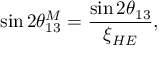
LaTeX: \sin 2 \theta _ { 1 3 } ^ { M } = \frac { \sin 2 \theta _ { 1 3 } } { \xi _ { H E } } ,